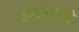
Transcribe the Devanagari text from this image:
इंडोलोजी